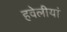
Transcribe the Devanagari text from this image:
हवेलीयां